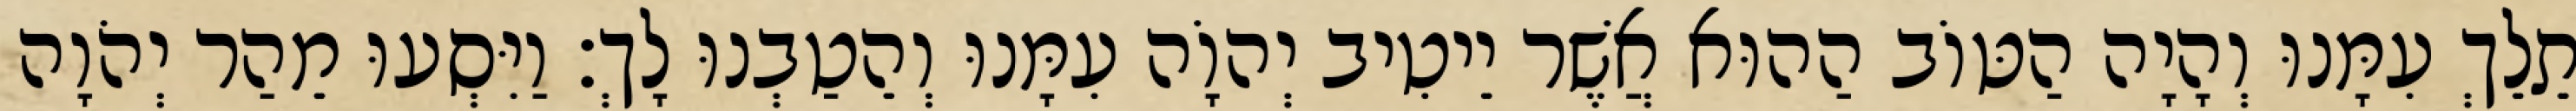
תֵלֵךְ עִמָּנוּ וְהָיָה הַטּוֹב הַהוּא אֲשֶׁר יֵיטִיב יְהוָֹה עִמָּנוּ וְהֵטַבְנוּ לָךְ׃ וַיִּסְעוּ מֵהַר יְהֹוָה